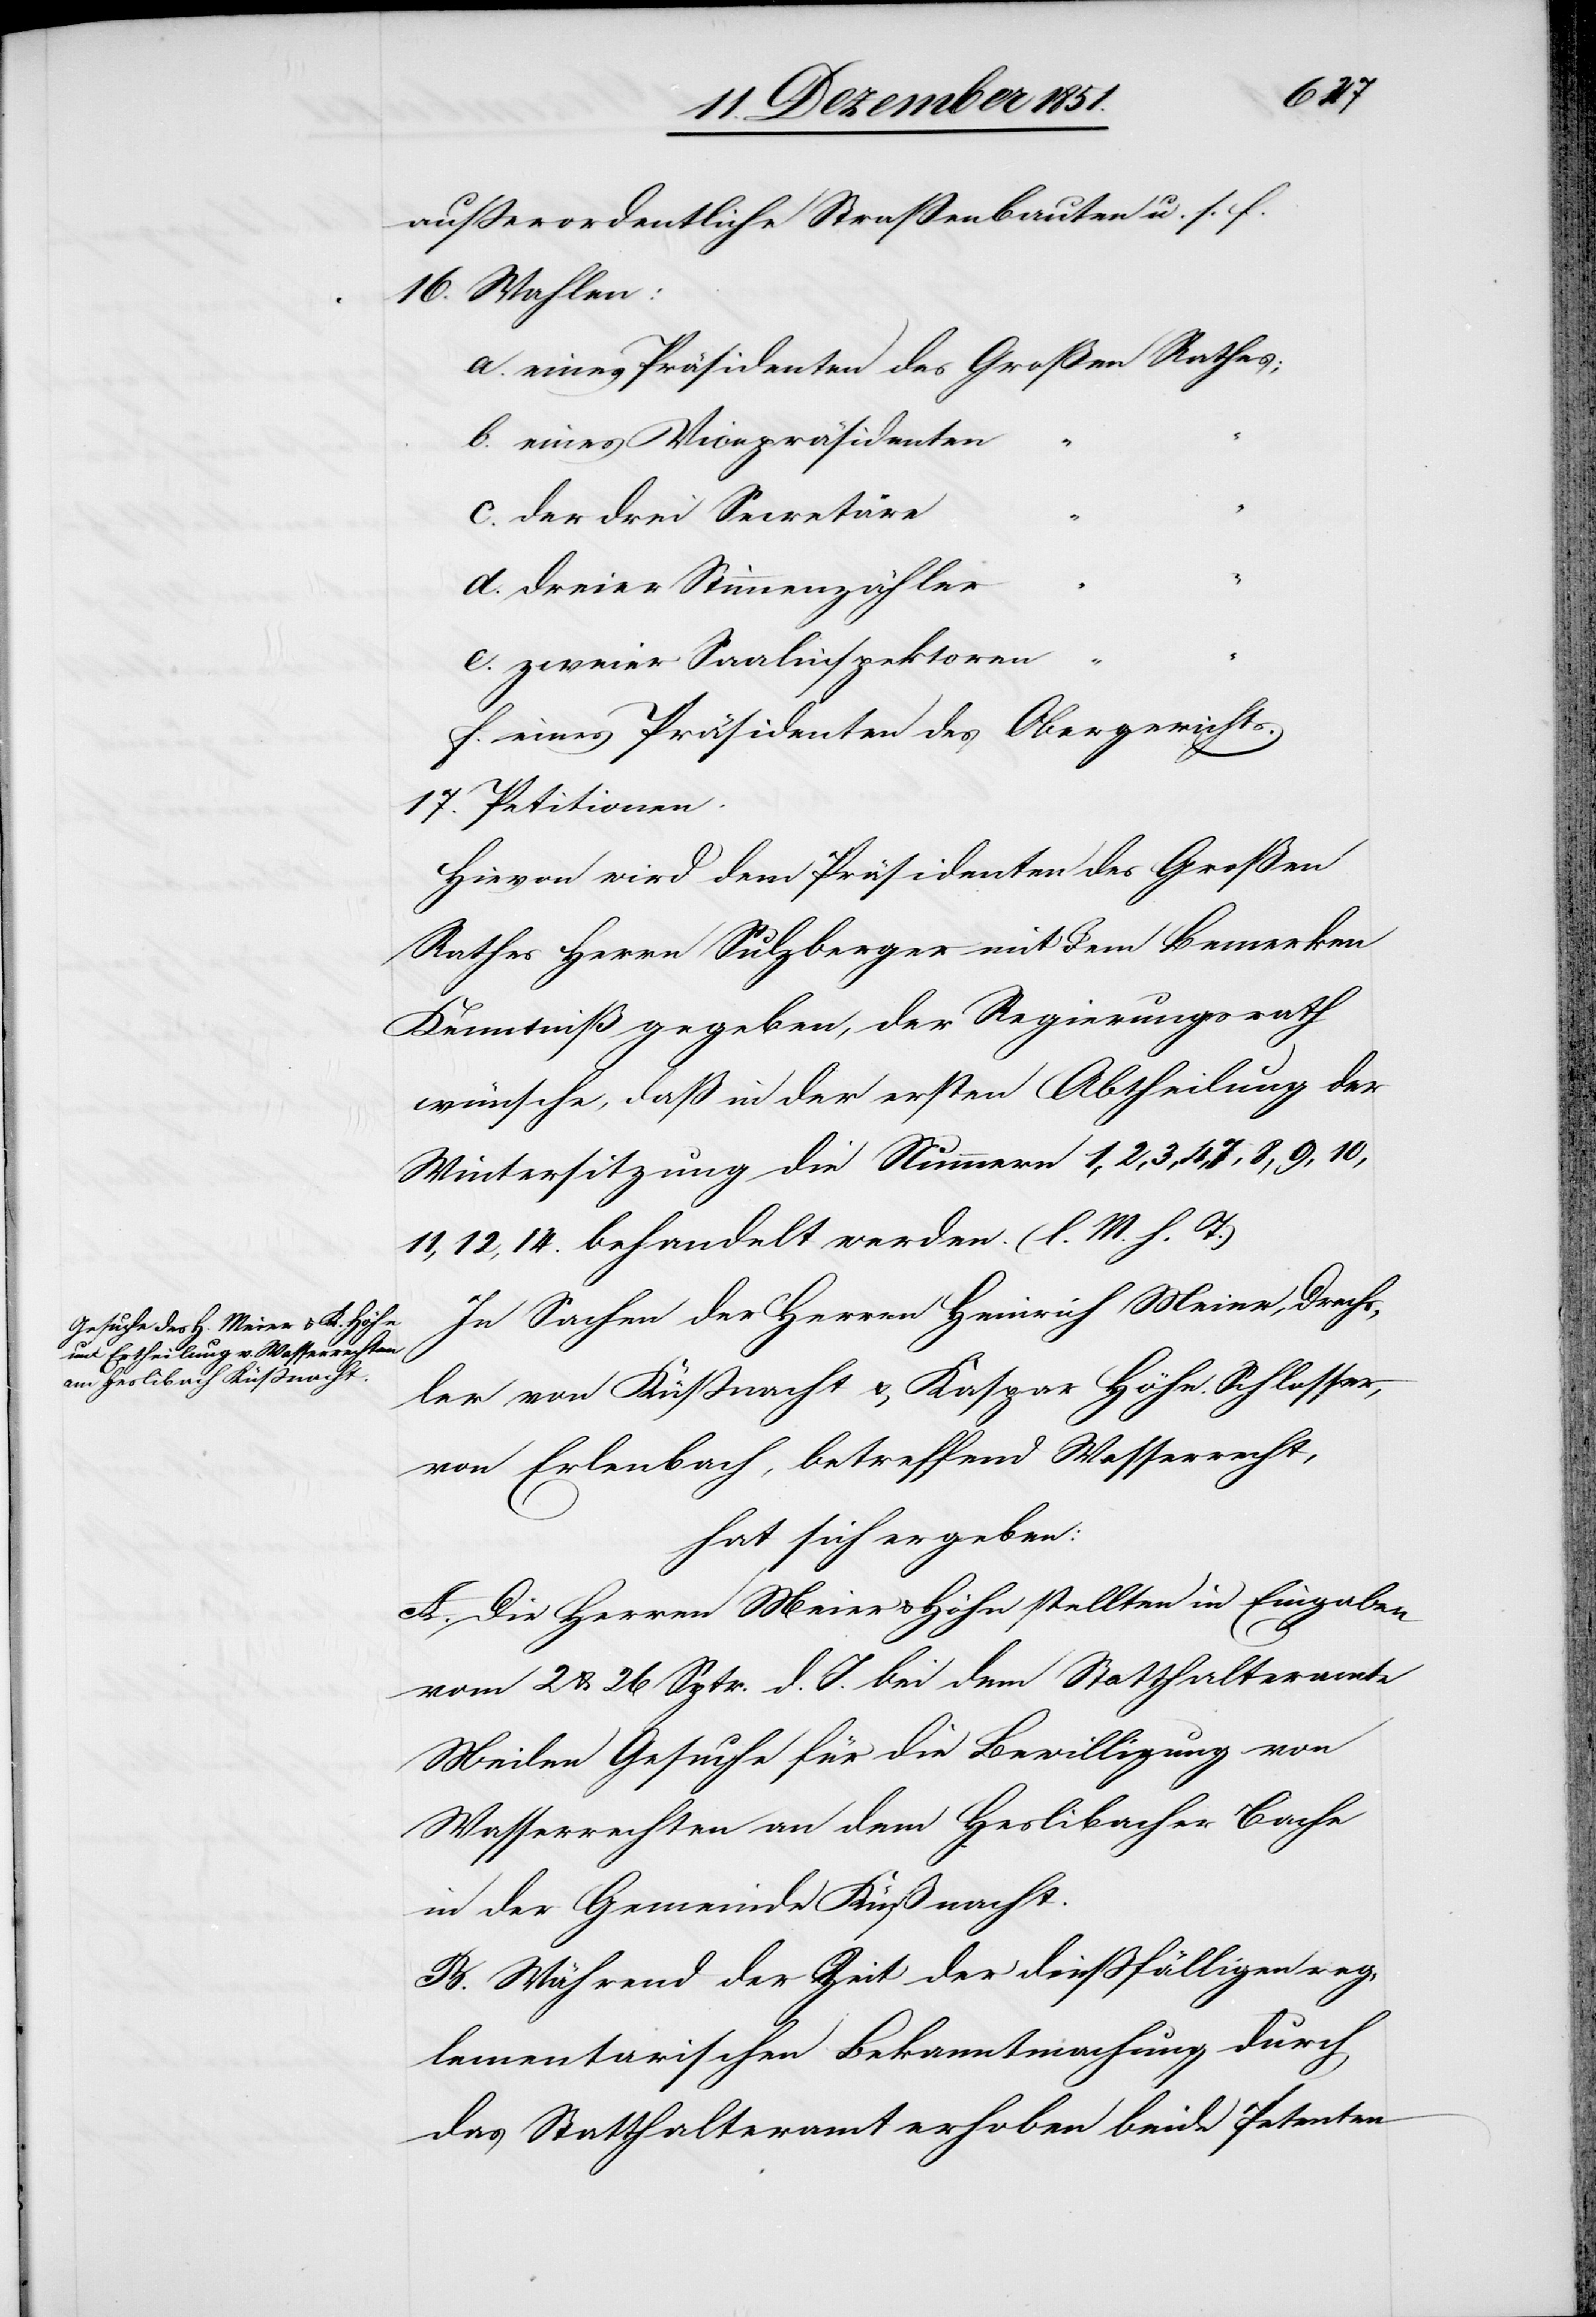
außerordentliche Straßenbauten u. s. f.
16. Wahlen:
eines Präsidenten des Großen Rathes;
eines Vicepräsidenten
der drei Secretäre
d.
dreier Stimmenzähler
zweier Saalinspektoren “
eines Präsidenten des Obergerichts.
17. Petitionen.
Hievon wird dem Präsidenten des Großen
Rathes Herrn Sulzberger mit dem Bemerken
Kenntniß gegeben, der Regierungsrath
wünsche, daß in der ersten Abtheilung der
Wintersitzung die Nummern 1, 2, 3, 4, 7, 8, 9, 10,
11, 12, 14. behandelt werden. (l. M. h. T.)
In Sachen der Herren Heinrich Meier, Drechs¬
ler von Küßnacht & Kaspar Höhn. Schlosser,
von Erlenbach, betreffend Wasserrecht,
hat sich ergeben:
A. Die Herren Meier & Höhn stellten in Eingaben
vom 2 & 26 Sptr. d. J. bei dem Statthalteramte
Meilen Gesuche für die Bewilligung von
Wasserrechten an dem Heslibacher Bache
in der Gemeinde Küßnacht.
B. Während der Zeit der dießfälligen reg¬
lementarischen Bekanntmachung durch
das Statthalteramt erhoben beide Petenten